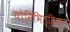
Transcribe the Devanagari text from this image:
योनिभित्तिसर्स